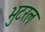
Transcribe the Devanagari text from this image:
भुटरल